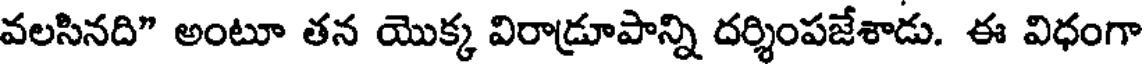
వలసినది" అంటూ తన యొక్క విరాడ్రూపాన్ని దర్శింపజేశాడు. ఈ విధంగా